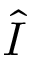
\hat { I }